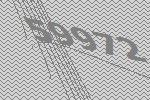
59972